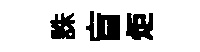
誅盲炬